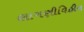
લાગણીવિહીન